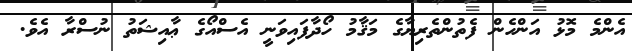
އެންމެ މޮޅު އަންހެން ފެތުންތެރިޔާގެ މަޤާމު ހޯދާފައިވަނީ އެސްއޯގެ ޢާއިޝަތު ނުސްރާ އެވެ.